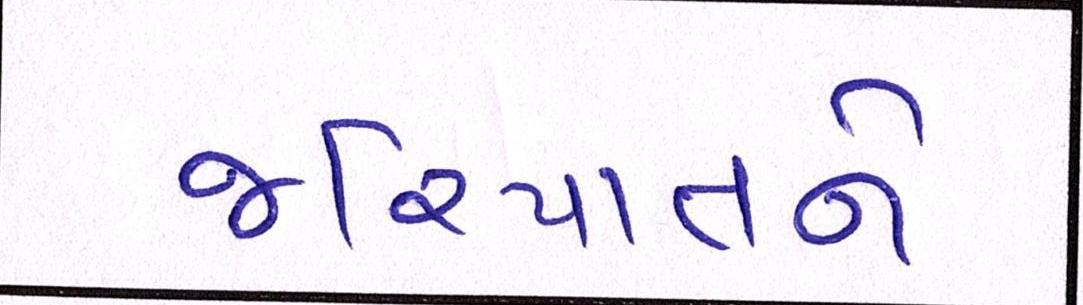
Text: જરિયાતને